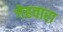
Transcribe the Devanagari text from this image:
गेहवारा